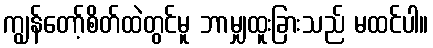
ကျွန်တော့်စိတ်ထဲတွင်မူ ဘာမျှထူးခြားသည် မထင်ပါ။